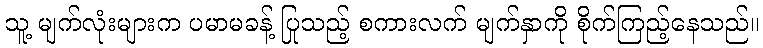
သူ့ မျက်လုံးများက ပမာမခန့် ပြုသည့် စကားလက် မျက်နှာကို စိုက်ကြည့်နေသည်။